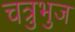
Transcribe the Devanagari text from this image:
चत्रुभुज